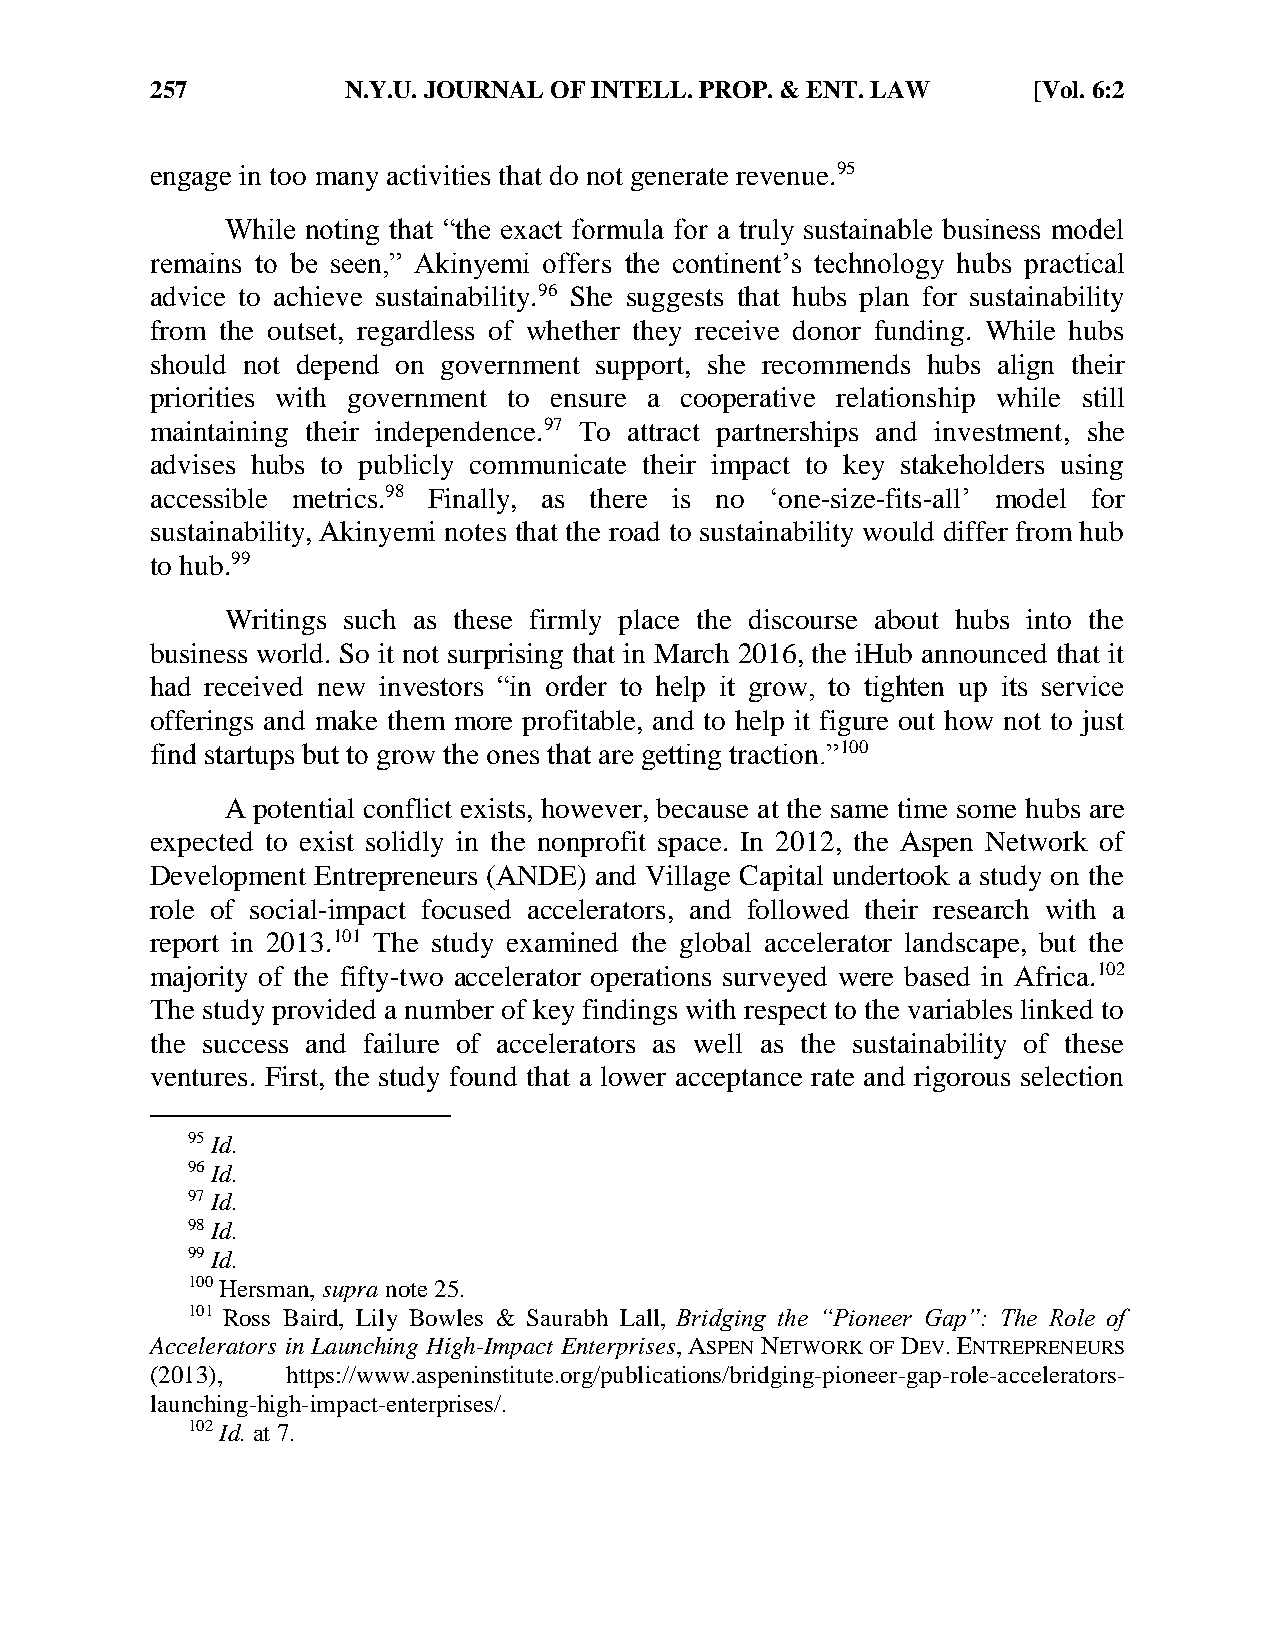
257          N.Y.U. JOURNAL OF INTELL. PROP. & ENT. LAW   [Vol. 6:2
 engage in too many activities that do not generate revenue.95
 While noting that “the exact formula for a truly sustainable business model
 remains to be seen,” Akinyemi offers the continent’s technology hubs practical
 advice to achieve sustainability.96 She suggests that hubs plan for sustainability
 from the outset, regardless of whether they receive donor funding. While hubs
 should not depend on government support, she recommends hubs align their
 priorities with government to ensure a cooperative relationship while still
 maintaining their independence.97 To attract partnerships and investment, she
 advises hubs to publicly communicate their impact to key stakeholders using
 accessible metrics.98 Finally, as there is no ‘one-size-fits-all’ model for
 sustainability, Akinyemi notes that the road to sustainability would differ from hub
 to hub.99
 Writings such as these firmly place the discourse about hubs into the
 business world. So it not surprising that in March 2016, the iHub announced that it
 had received new investors “in order to help it grow, to tighten up its service
 offerings and make them more profitable, and to help it figure out how not to just
 find startups but to grow the ones that are getting traction.”100
 A potential conflict exists, however, because at the same time some hubs are
 expected to exist solidly in the nonprofit space. In 2012, the Aspen Network of
 Development Entrepreneurs (ANDE) and Village Capital undertook a study on the
 role of social-impact focused accelerators, and followed their research with a
 report in 2013.101 The study examined the global accelerator landscape, but the
 majority of the fifty-two accelerator operations surveyed were based in Africa.102
 The study provided a number of key findings with respect to the variables linked to
 the success and failure of accelerators as well as the sustainability of these
 ventures. First, the study found that a lower acceptance rate and rigorous selection
 95 Id.
 96 Id.
 97 Id.
 98 Id.
 99 Id.
 100 Hersman, supra note 25.
 101 Ross Baird, Lily Bowles & Saurabh Lall, Bridging the “Pioneer Gap”: The Role of
 Accelerators in Launching High-Impact Enterprises, ASPEN NETWORK OF DEV. ENTREPRENEURS
 (2013),  https://www.aspeninstitute.org/publications/bridging-pioneer-gap-role-accelerators-
 launching-high-impact-enterprises/.
 102 Id. at 7.